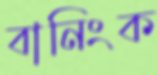
বানিংক